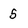
Character: 5